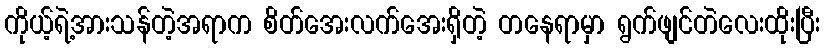
ကိုယ့်ရဲ့အားသန်တဲ့အရာက စိတ်အေးလက်အေးရှိတဲ့ တနေရာမှာ ရွက်ဖျင်တဲလေးထိုးပြီး